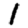
Digit: 1